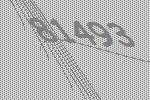
81493